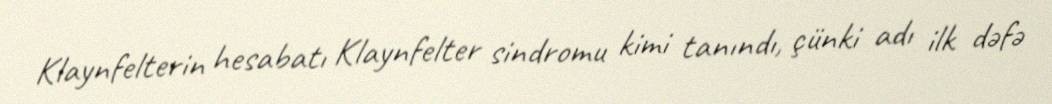
Klaynfelterin hesabatı Klaynfelter sindromu kimi tanındı, çünki adı ilk dəfə